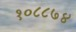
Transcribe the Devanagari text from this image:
१०८८७४